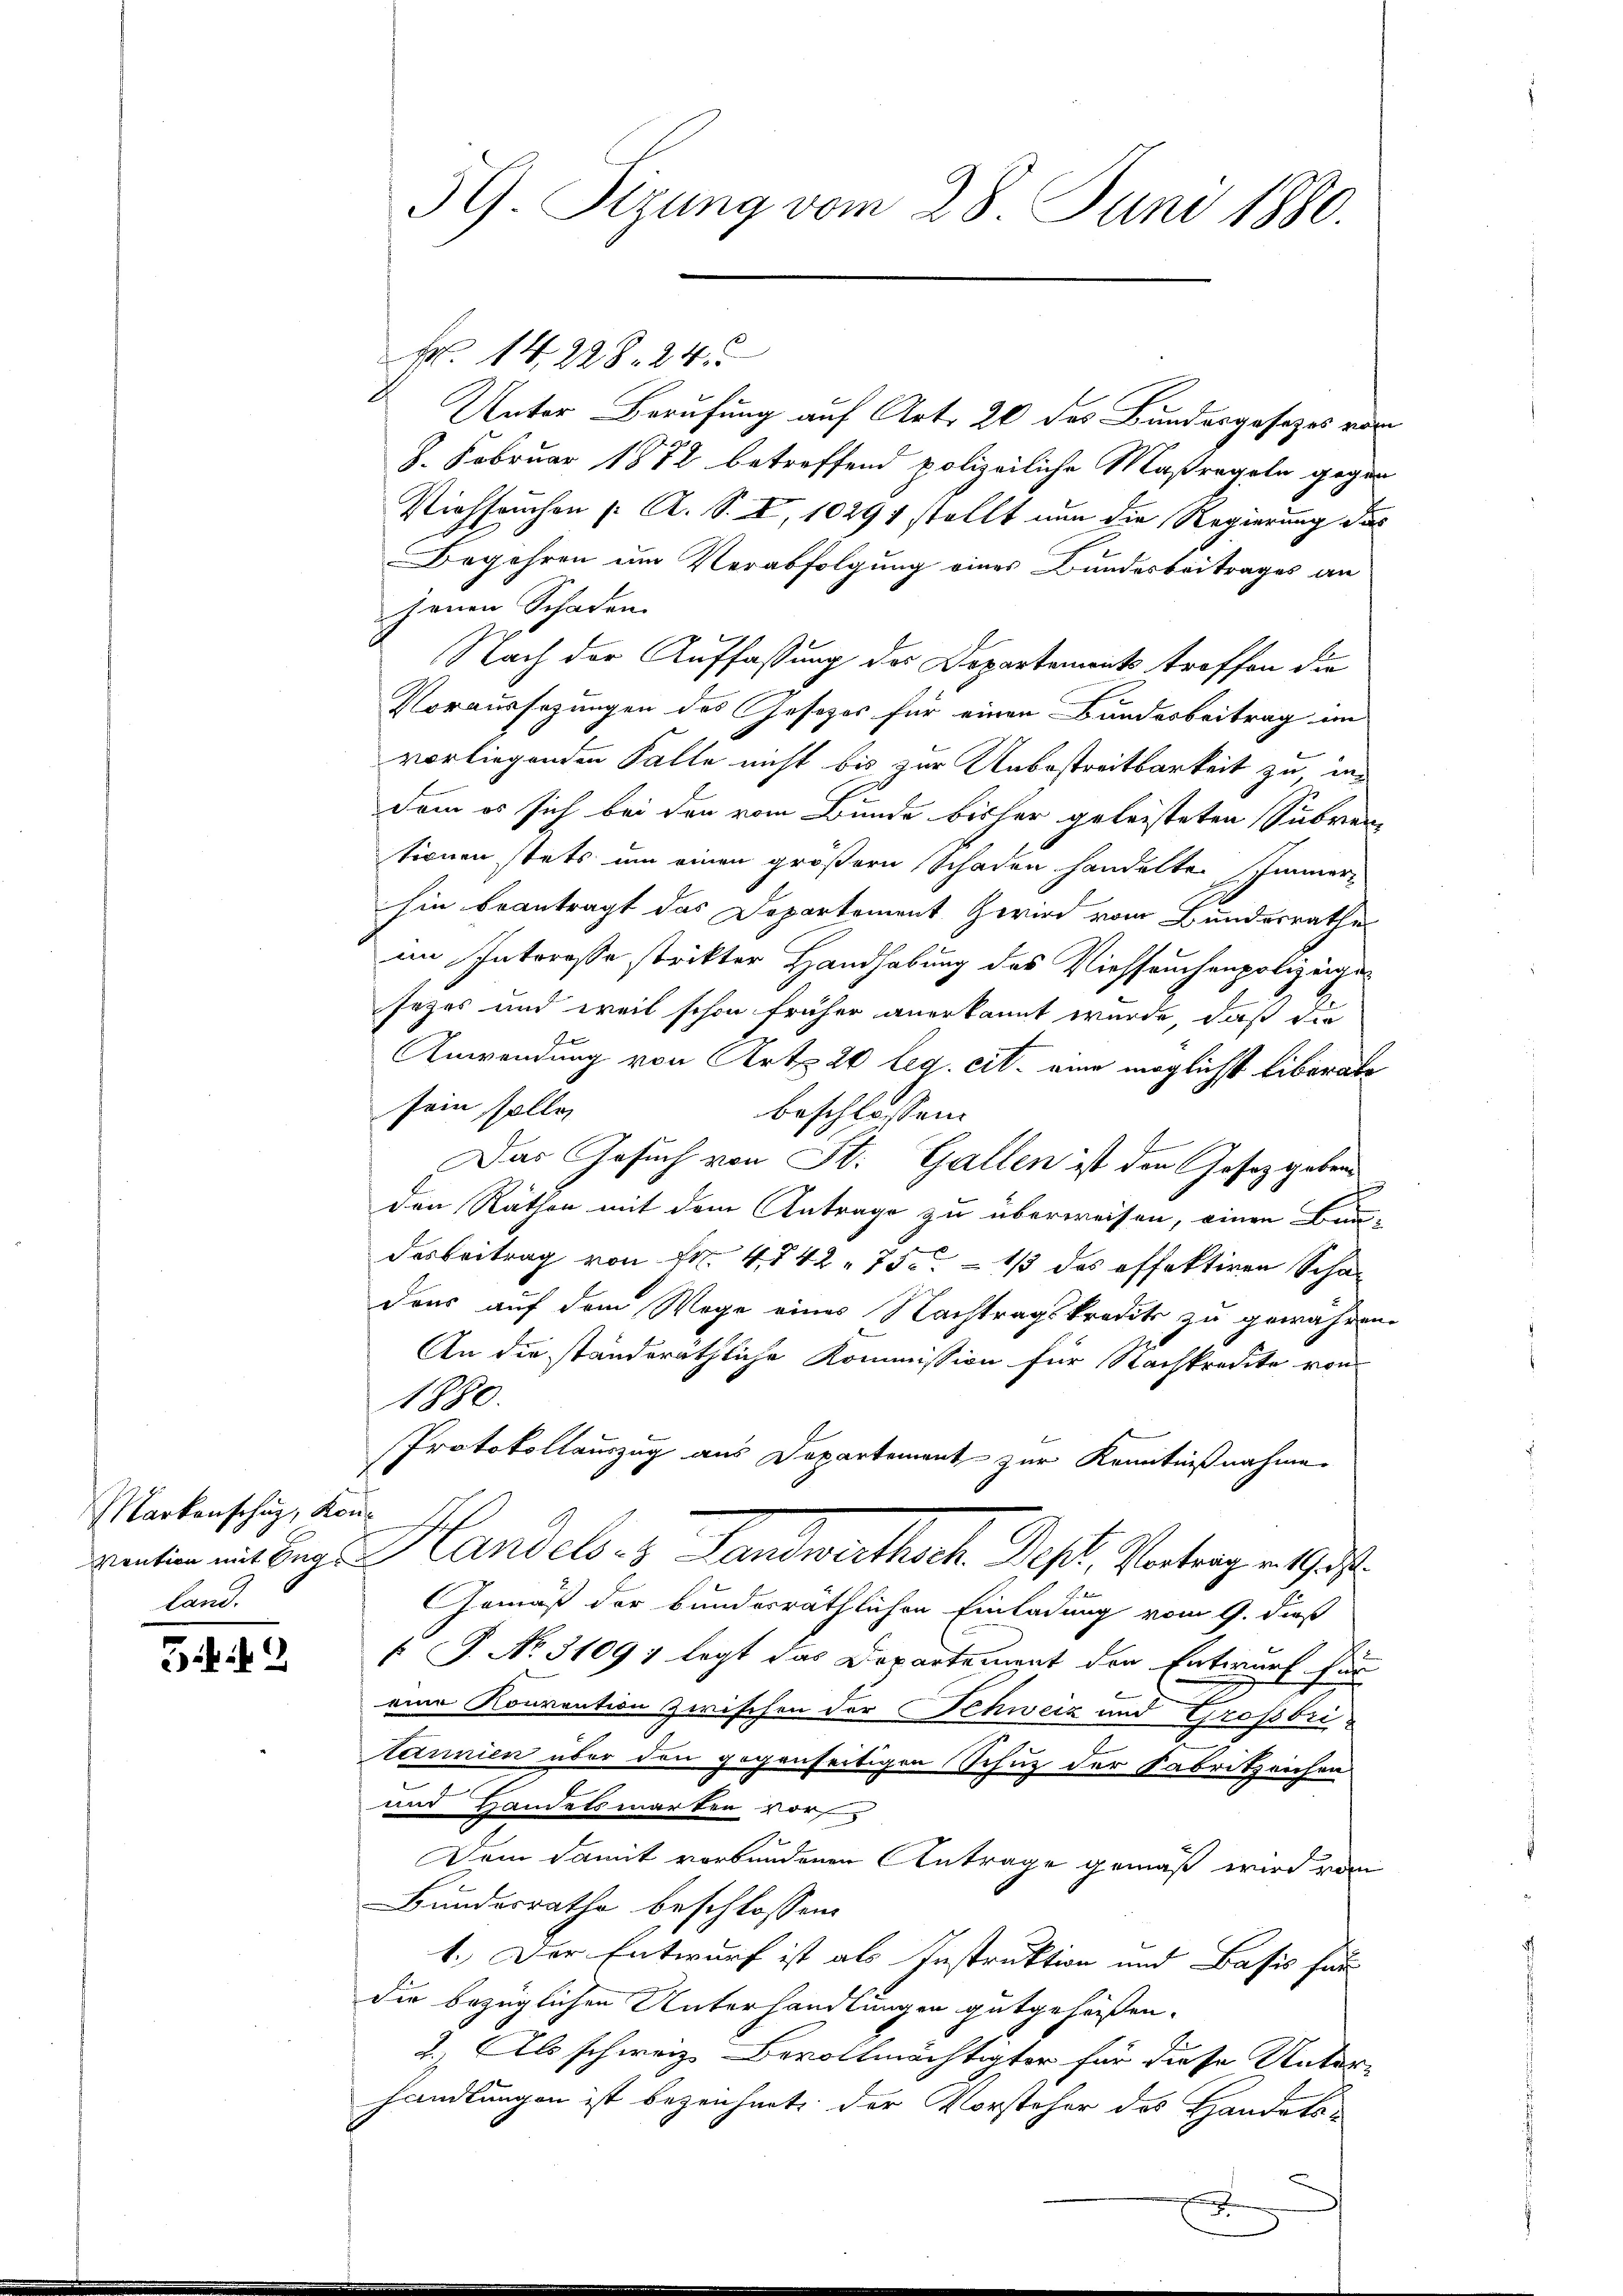
Markonschug, Konland.

52

59. Sizung vom 28. Juni 1880.

Unter Berufung auf Art. 20 des Bundesgesetzes von
8. Februar 1872 betreffend polizeiliche Maßregeln gegen
Viehseuchen (: A. S. I, 10291 stellt nun die Regierung des
Begehren um Verabfolgung eines Bundesbeitrages an
jenen Schaden.
Nach der Auffassung des Departements troffen die
Voraussezungen des Gesetzes für einen Bundesbeitrag im
vorliegenden Falle nicht bis zur Unbestreitbarkeit zu in
Dem es sich bei den vom Bunde bisher geleisteten Subven
stionen stets um einen größern Schaden handelte. Immer-
hin beantragt das Departement Zwird vom Bundesrathe
an Interesse strikter Handhabung des Viehseuchenpolizeigesezes und weil schon früher anerkannt wurde, daß die
de
Anwendung von Art. 20 leg. cit. eine möglichst liberate
sein sollen
beschlossen:
Das Gesuch von St. Gallen ist den Gesetzgebenden Räthen mit dem Antrage zu überweisen, einen Bau-
desbeitrag von Fr. 442. 750 – 1/3 des offektiren Schadens auf dem Wege eines Nachtragskredit zu gewähren.
An die standeräthliche Kommission für Nachkredite von
1880.
Protokollauszug aus Departement zur Kenntnißnahme
ration ein bey Handels. z. Landwirthsche Post. Vertragen Ges
Gemäß der bunderräthlichen Einladung vom 9. dieß
 P. No. 31097 legt das Departement den Entwurf für
e
eine Konvention zwischen der Schweiz und Großbritannien über den gegenseitigen Schuz der Fabrikzeichen
und Handelsmarken vor
Dem damit verbundenen Antrage gemäß wird von
Bundesrathe beschlossen:
1. Der Entwurf ist als Instruktion und Basis für
die bezüglichen Unterhandlungen gutgeheißen.
2.) Als schweiz. Bevollmächtigter für diese Unter-
handlungen ist bezeichnet der Vorsteher des Handels¬
.

Nr. 14228. 24.